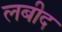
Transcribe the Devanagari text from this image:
लबीद